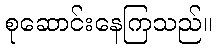
စုဆောင်းနေကြသည်။